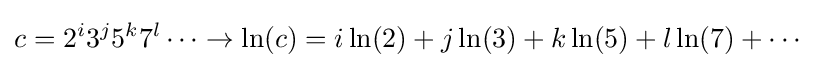
c=2^{i}3^{j}5^{k}7^{l}\cdots \rightarrow \ln(c)=i\ln(2)+j\ln(3)+k\ln(5)+l\ln(7)+\cdots